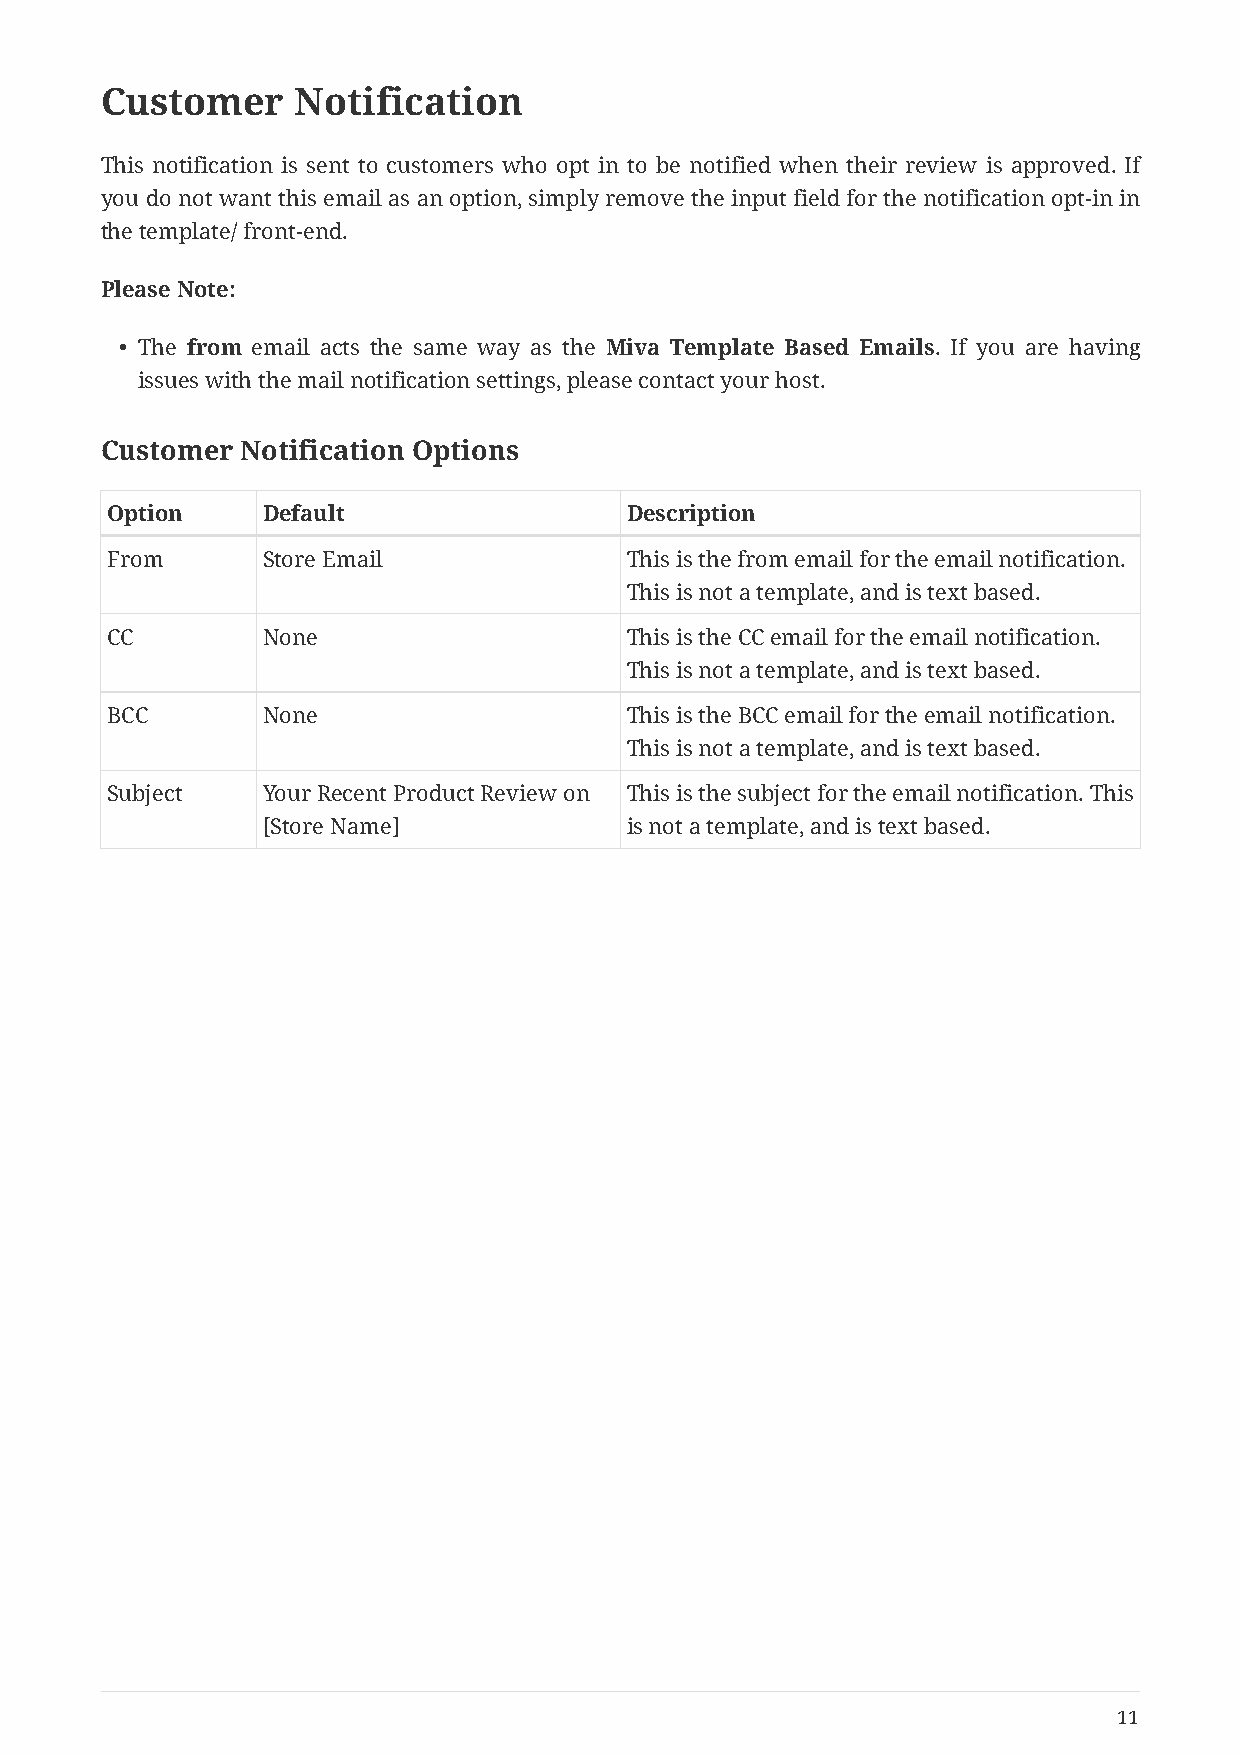
Customer    Notification
 This notification is sent to customers who opt in to be notified when their review is approved. If
 you do not want this email as an option, simply remove the input field for the notification opt-in in
 the template/ front-end.
 Please Note:
 • The from email acts the same way as the Miva Template Based Emails. If you are having
 issues with the mail notification settings, please contact your host.
 Customer Notification Options
 Option    Default                 Description
 From      Store Email             This is the from email for the email notification.
 This is not a template, and is text based.
 CC        None                    This is the CC email for the email notification.
 This is not a template, and is text based.
 BCC       None                    This is the BCC email for the email notification.
 This is not a template, and is text based.
 Subject   Your Recent Product Review on This is the subject for the email notification. This
 [Store Name]            is not a template, and is text based.
 11